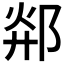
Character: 𲆓